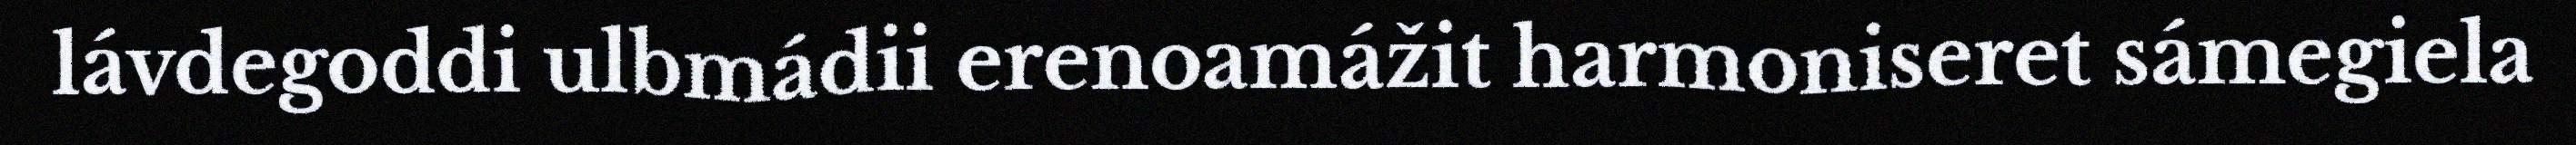
lávdegoddi ulbmádii erenoamážit harmoniseret sámegiela